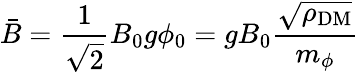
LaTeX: \bar{B}=\frac 1{\sqrt 2}B_{0}g\phi_{0}=gB_{0}\frac{\sqrt{\rho_{\mathrm{DM}}}}{m_{\phi}}